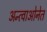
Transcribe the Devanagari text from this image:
अन्त्वाओनेत